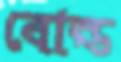
বোল্ড